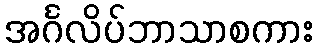
အင်္ဂလိပ်ဘာသာစကား